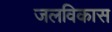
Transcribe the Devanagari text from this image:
जलविकास